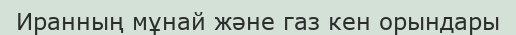
Иранның мұнай және газ кен орындары